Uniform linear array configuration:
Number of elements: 64
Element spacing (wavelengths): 0.25
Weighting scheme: hamming
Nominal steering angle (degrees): -60
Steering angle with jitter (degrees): -59.417
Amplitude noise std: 0.05
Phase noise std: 0.05

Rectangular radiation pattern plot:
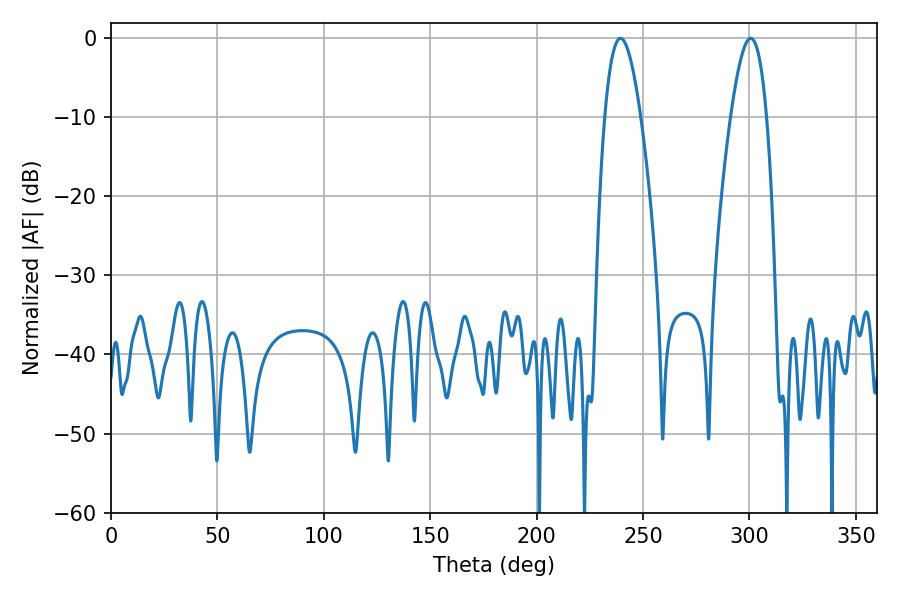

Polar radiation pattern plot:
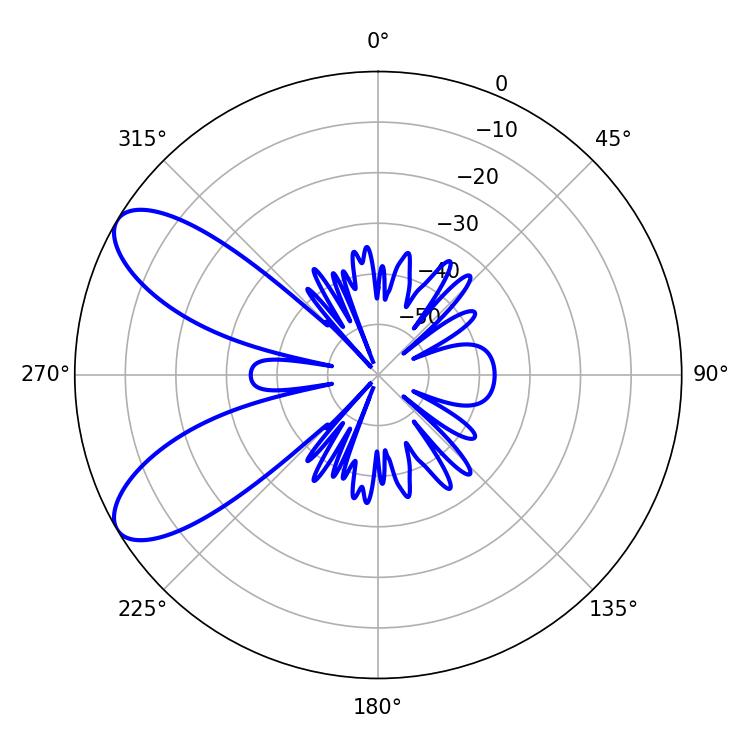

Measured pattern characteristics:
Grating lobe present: FALSE
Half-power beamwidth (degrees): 9.18
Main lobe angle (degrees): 239.4